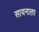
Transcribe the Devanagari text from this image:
सायनाला